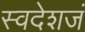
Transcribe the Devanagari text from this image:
स्वदेशजं